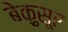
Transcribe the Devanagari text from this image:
बेक़ुसूर